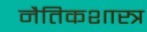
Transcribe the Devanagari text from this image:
नैतिकशास्त्र